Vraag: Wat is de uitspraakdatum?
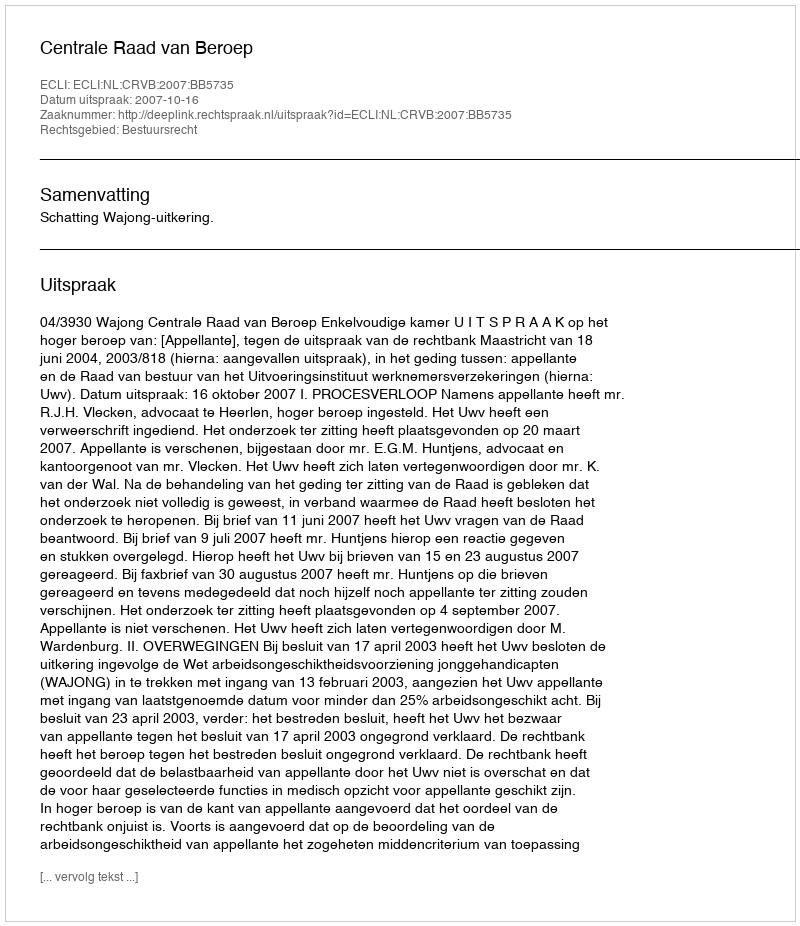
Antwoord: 2007-10-16